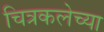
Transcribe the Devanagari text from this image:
चित्रकलेच्‍या